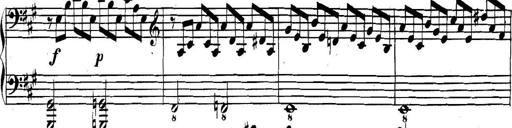
Title: Collected Piano Sonatas
Composer: Muzio Clementi